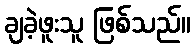
ချခဲ့ဖူးသူ ဖြစ်သည်။